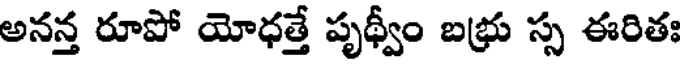
అనన్త రూపో యోధత్తే పృథ్వీం బభ్రు స్స ఈరితః